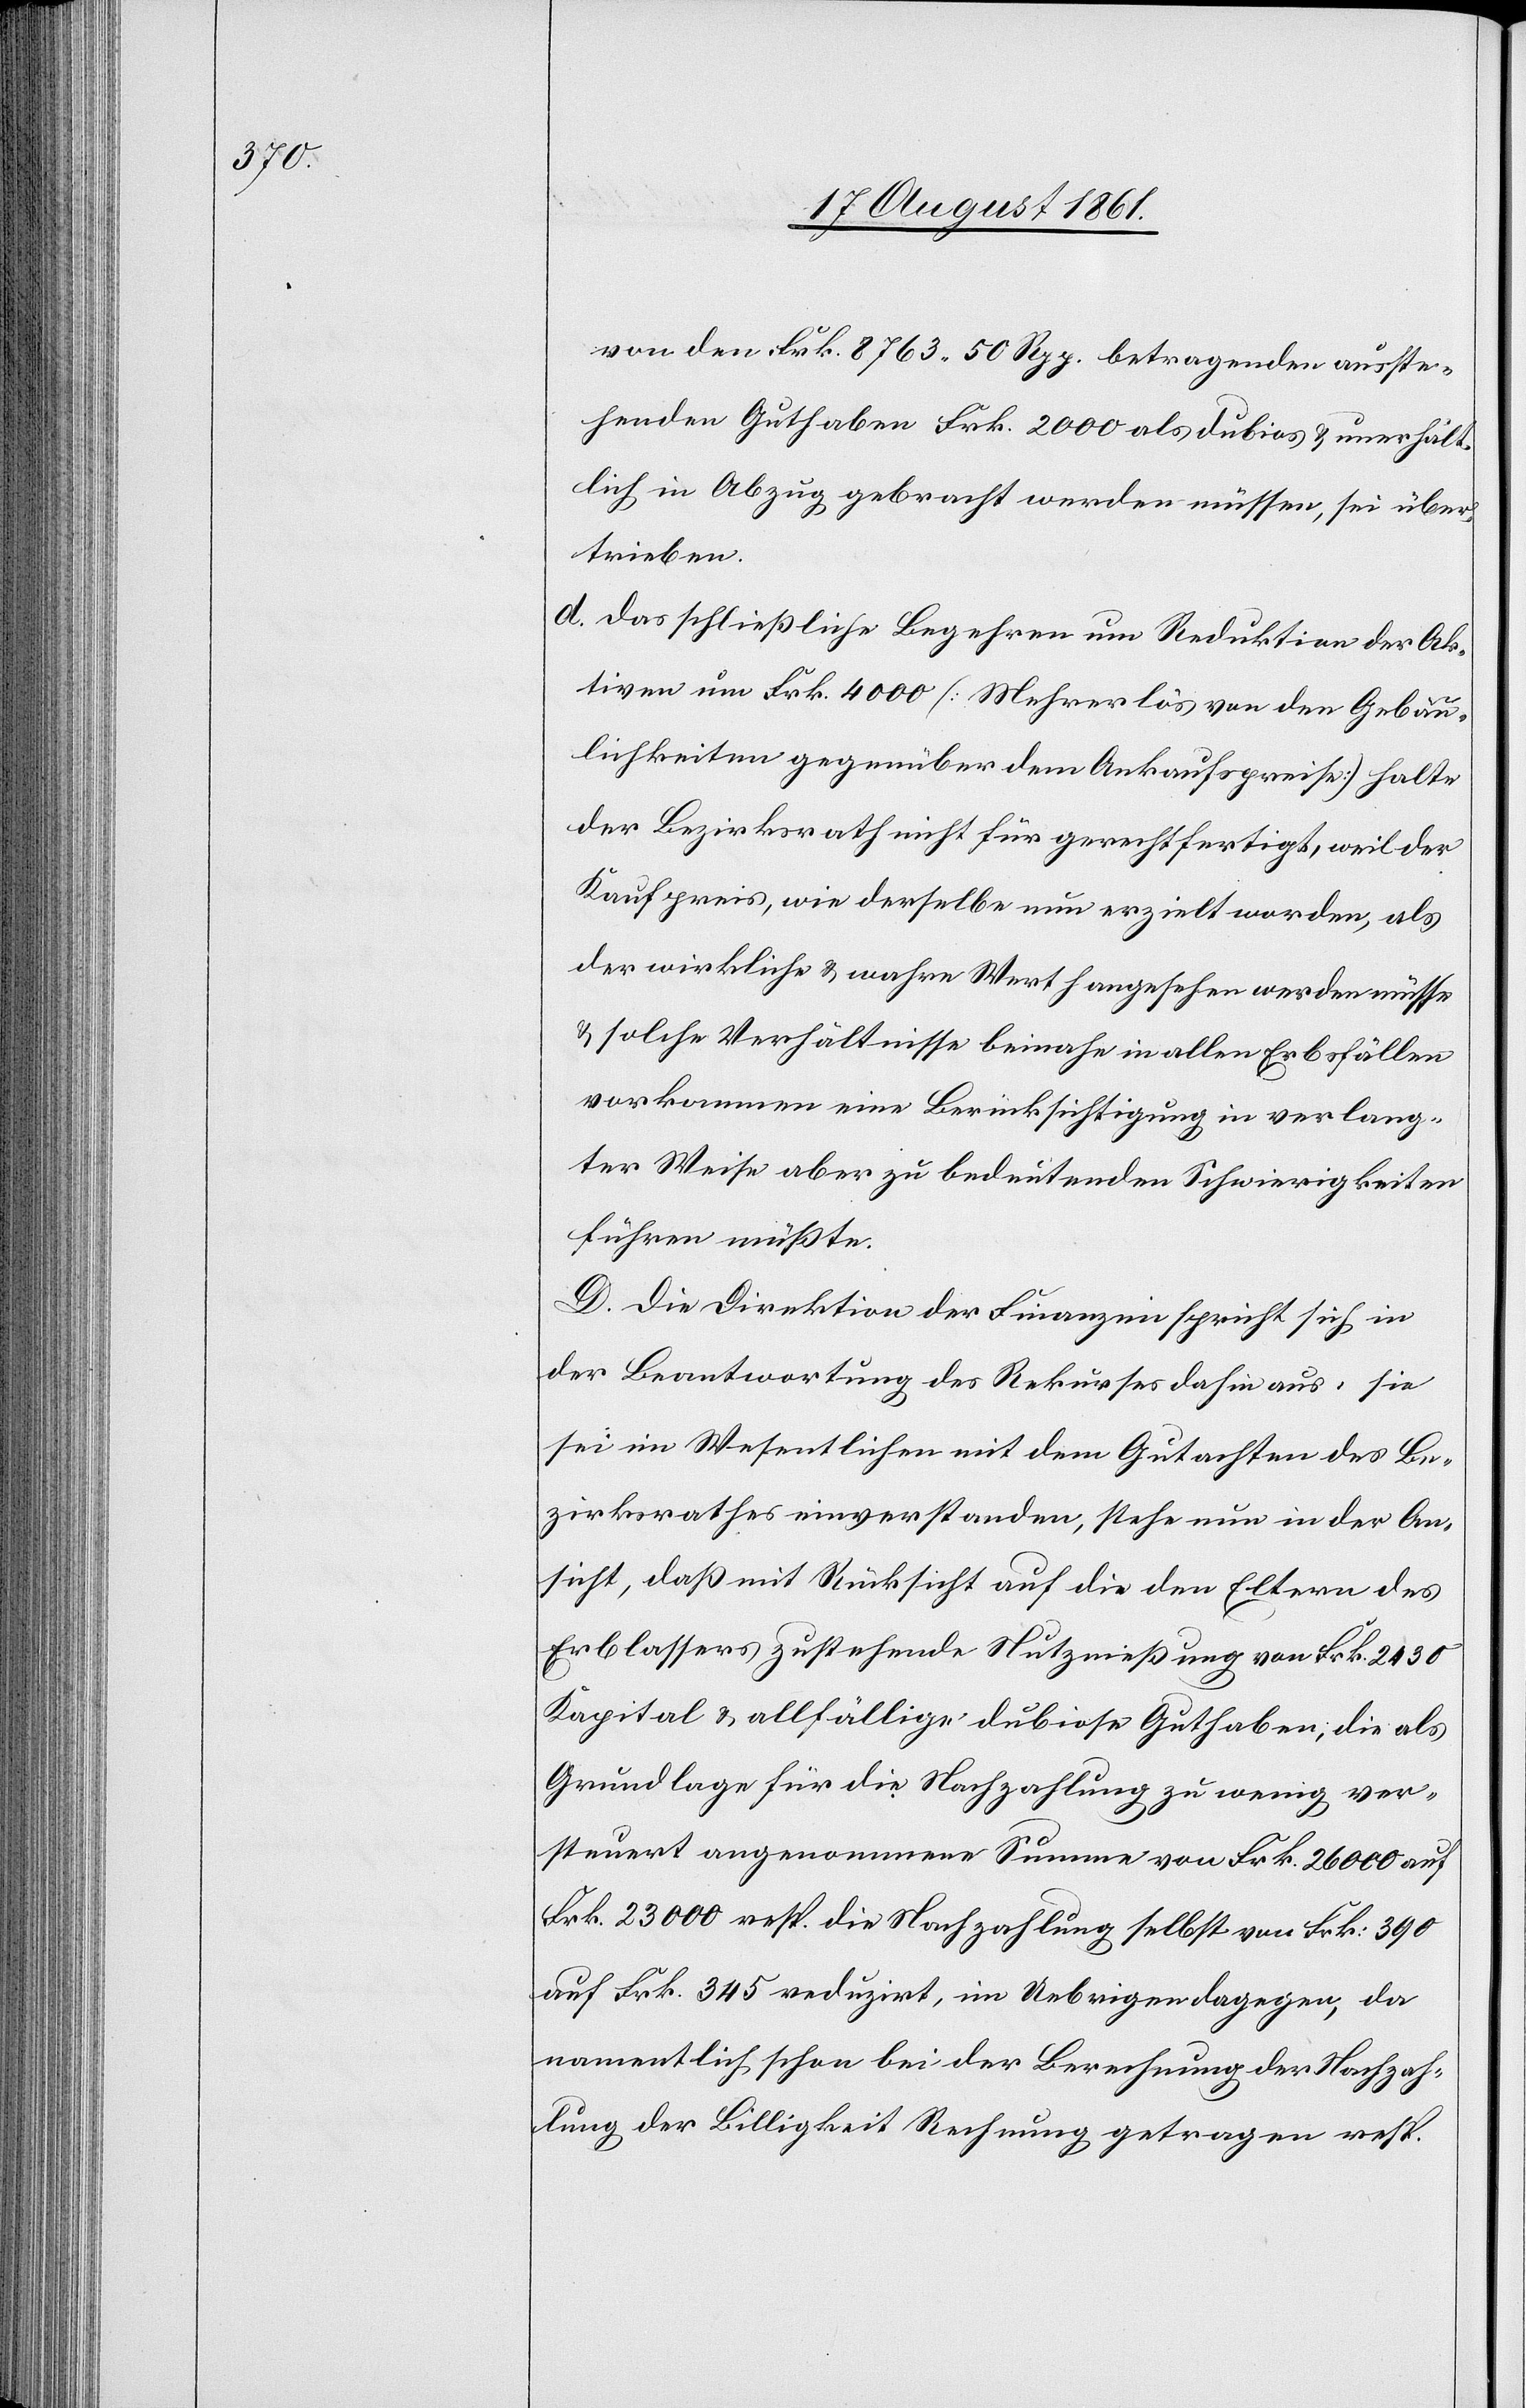
von den Frk. 8763.50 Rpp. betragenden ausste¬
henden Guthaben Frk. 2000 als dubios u. unerhält¬
lich in Abzug gebracht werden müssen, sei über¬
trieben.
d. Das schließliche Begehren um Reduktion der Ak¬
tiven um Frk. 4000 [Mehrerlös von den Gebäu¬
lichkeiten gegenüber dem Ankaufspreise] halte
der Bezirksrath nicht für gerechtfertigt, weil der
Kaufpreis, wie derselbe nun erzielt worden, als
der wirkliche u. wahre Werth angesehen werden müsse
u. solche Verhältnisse beinahe in allen Erbsfällen
vorkommen eine Berücksichtigung in verlang¬
ter Weise aber zu bedeutenden Schwierigkeiten
führen müßte.
D. Die Direktion der Finanzen spricht sich in
der Beantwortung des Rekurses dahin aus: sie
sei im Wesentlichen mit dem Gutachten des Be¬
zirksrathes einverständen, stehe nun in der An¬
sicht, daß mit Rücksicht auf die den Eltern des
Erblassers zustehende Nutznießung von Frk. 2430
Kapital u. allfällige dubiose Guthaben, die als
Grundlage für die Nachzahlung zu wenig ver¬
steuert angenommene Summe von Frk. 26 000 auf
Frk. 23 000 resp. die Nachzahlung selbst von Frk. 390
auf Frk. 345 reduzirt, im Uebrigen dagegen, da
namentlich schon bei der Berechnung der Nachzah¬
lung der Billigkeit Rechnung getragen resp.